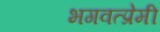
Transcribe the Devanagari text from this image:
भगवत्प्रेमी